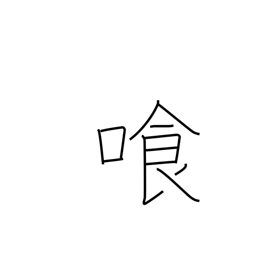
Meaning: drink